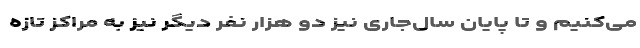
می‌کنیم و تا پایان سال‌جاری نیز دو هزار نفر دیگر نیز به مراکز تازه